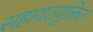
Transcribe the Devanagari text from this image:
सहायतयुक्तित